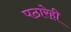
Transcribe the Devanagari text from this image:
पठारेही